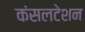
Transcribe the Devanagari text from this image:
कंसलटेशन